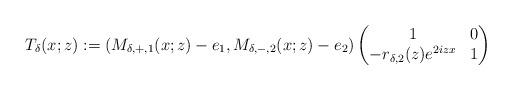
LaTeX: \begin{align*}T_{\delta}(x;z):=\left(M_{\delta,+,1}(x ;z)-e_1, M_{\delta,-,2}(x; z)-e_2\right)\begin{pmatrix}1 & 0 \\-r_{\delta,2}(z) e^{2izx} & 1\end{pmatrix}\end{align*}